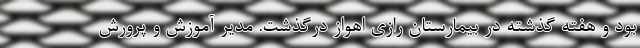
بود و هفته گذشته در بیمارستان رازی اهواز درگذشت. مدیر آموزش و پرورش